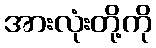
အားလုံးတို့ကို